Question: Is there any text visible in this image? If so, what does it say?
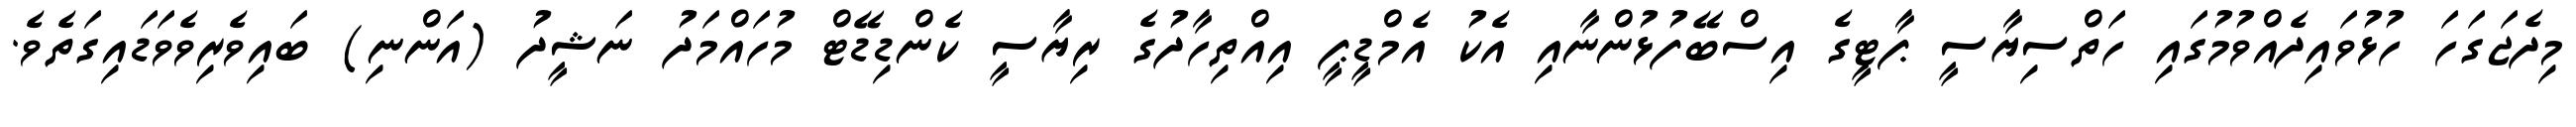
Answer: މިދެޖަގަހަ ހުޅުވައިދެއްވުމުގައި ހަތްސިޔާސީ ޕާޓީގެ އިސްބޭފުޅުންނާއި އެކު އެމްޑީޕީ އިއްތިހާދުގެ ރިޔާސީ ކެންޑިޑޭޓް މުހައްމަދު ނަޝީދު (އަންނި) ބައިވެރިވެވަޑައިގަތެވެ.